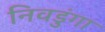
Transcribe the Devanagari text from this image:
निवडुंगा